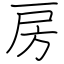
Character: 房